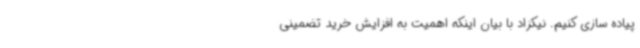
پیاده سازی کنیم. نیکزاد با بیان اینکه اهمیت به افزایش خرید تضمینی